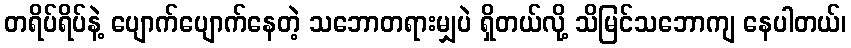
တရိပ်ရိပ်နဲ့ ပျောက်ပျောက်နေတဲ့ သဘောတရားမျှပဲ ရှိတယ်လို့ သိမြင်သဘောကျ နေပါတယ်၊